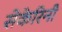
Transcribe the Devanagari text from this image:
सेकेरिनी